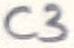
Text: C3